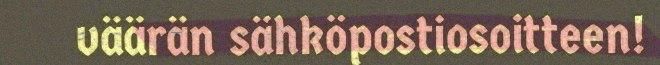
väärän sähköpostiosoitteen!